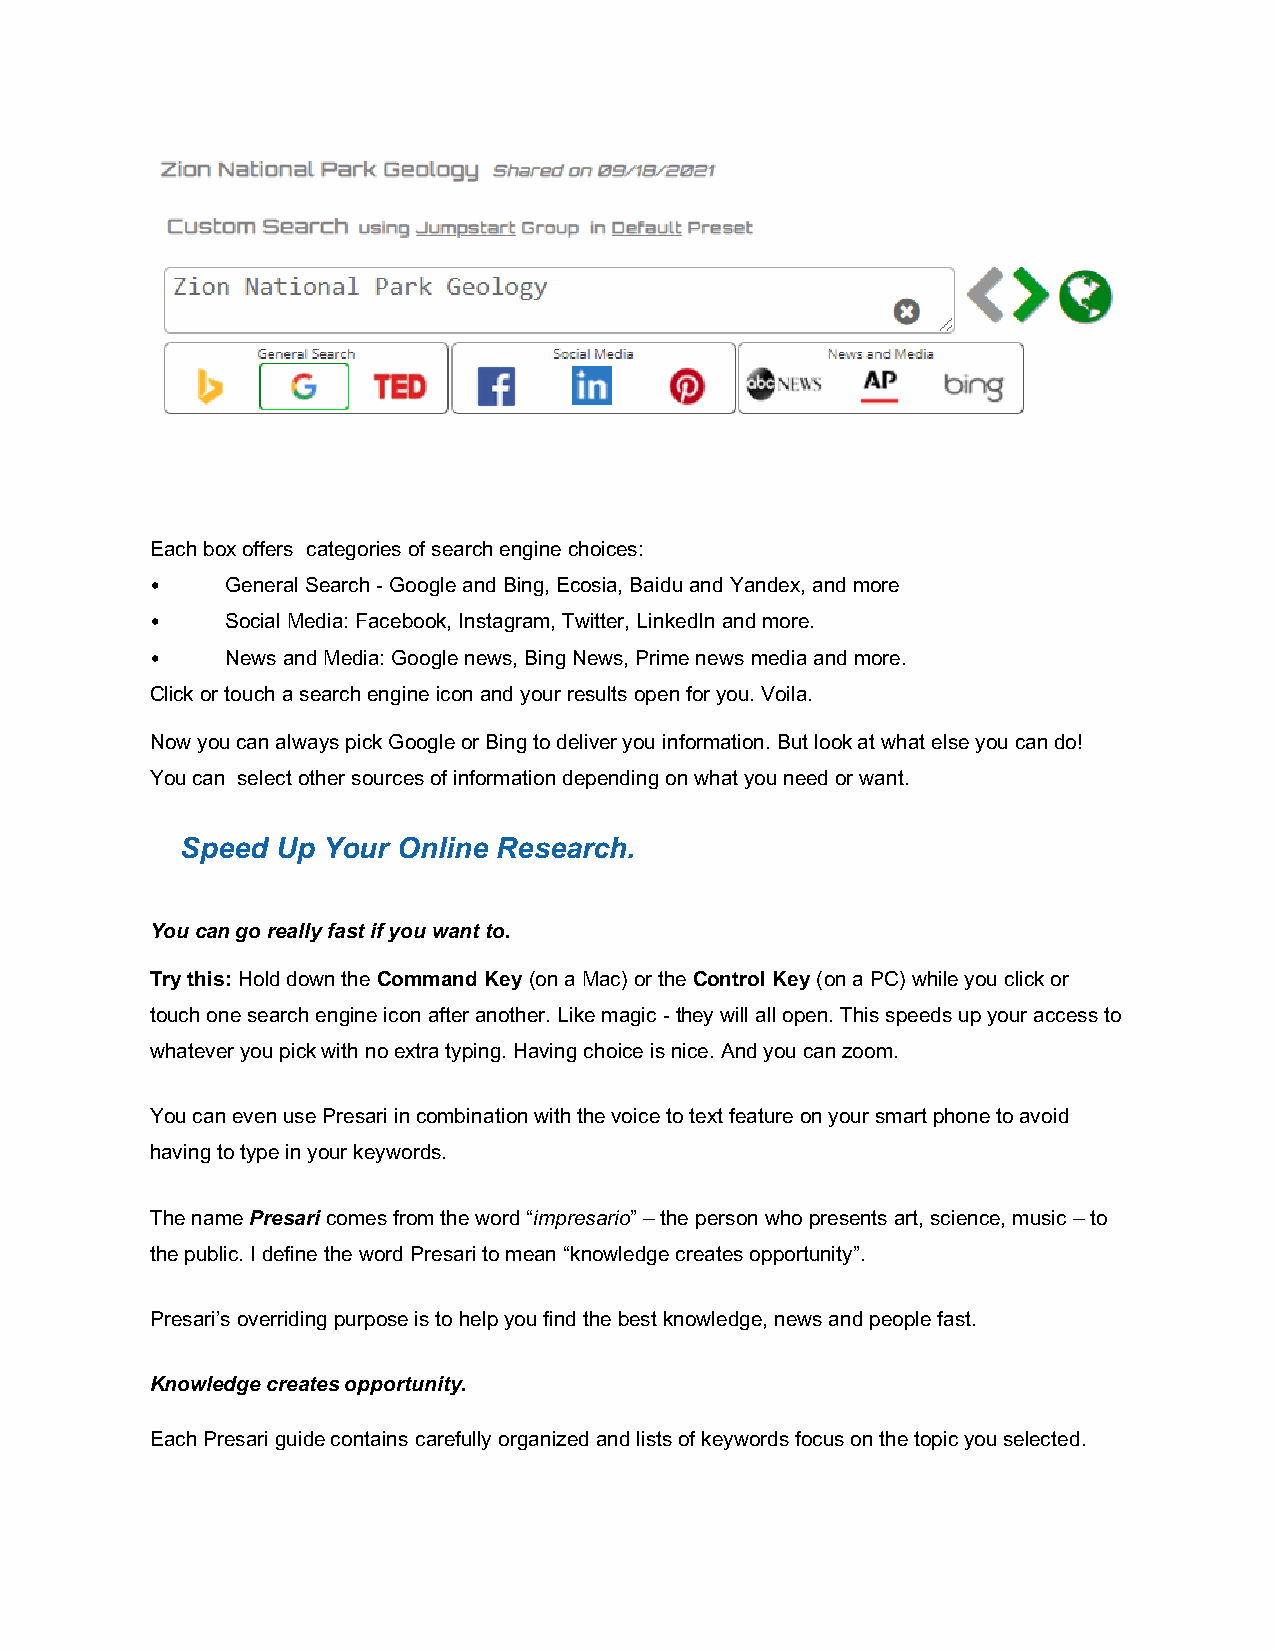
Each box offers categories of search engine choices:
 •    General Search - Google and Bing, Ecosia, Baidu and Yandex, and more
 •    Social Media: Facebook, Instagram, Twitter, LinkedIn and more.
 •    News and Media: Google news, Bing News, Prime news media and more.
 Click or touch a search engine icon and your results open for you. Voila.
 Now you can always pick Google or Bing to deliver you information. But look at what else you can do!
 You can select other sources of information depending on what you need or want.
 Speed Up Your Online Research.
 You can go really fast if you want to.
 Try this: Hold down the Command Key (on a Mac) or the Control Key (on a PC) while you click or
 touch one search engine icon after another. Like magic - they will all open. This speeds up your access to
 whatever you pick with no extra typing. Having choice is nice. And you can zoom.
 You can even use Presari in combination with the voice to text feature on your smart phone to avoid
 having to type in your keywords.
 The name Presari comes from the word “impresario” – the person who presents art, science, music – to
 the public. I define the word Presari to mean “knowledge creates opportunity”.
 Presari’s overriding purpose is to help you find the best knowledge, news and people fast.
 Knowledge creates opportunity.
 Each Presari guide contains carefully organized and lists of keywords focus on the topic you selected.